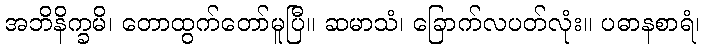
အဘိနိက္ခမိ၊ တောထွက်တော်မူပြီ။ ဆမာသံ၊ ခြောက်လပတ်လုံး။ ပဓာနစာရံ၊